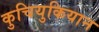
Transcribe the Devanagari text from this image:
कुचियुकियान